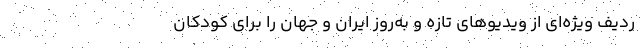
ردیف ویژه‌ای از ویدیوهای تازه و به‌روز ایران و جهان را برای کودکان